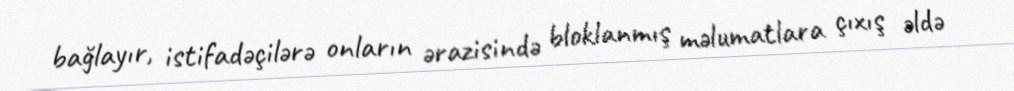
bağlayır, istifadəçilərə onların ərazisində bloklanmış məlumatlara çıxış əldə